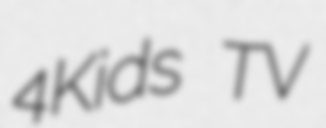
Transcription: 4Kids TV